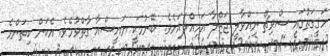
ހަޤީގަތުގައި ސްވިޗް ނިއްވާލީ ޖަޒްލާ އަމިއްލައަށެވެ. ބޭނުމަކީ ޔައީޝްއާ ގާތްވުމެވެ. އެކަން ކިތަންމެ